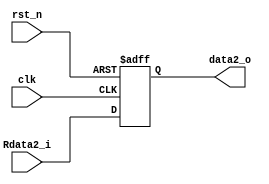
module B(
  input clk,
  input rst_n,
  input [31:0] Rdata2_i,//Regfile Read-data1
  
  output [31:0] data2_o
  );
  reg [31:0] B;
  always@(posedge clk or negedge rst_n)
  begin
    if (!rst_n)
      B <= 32'h0;
    else
      B <= Rdata2_i;
  end
  assign data2_o = B;
endmodule